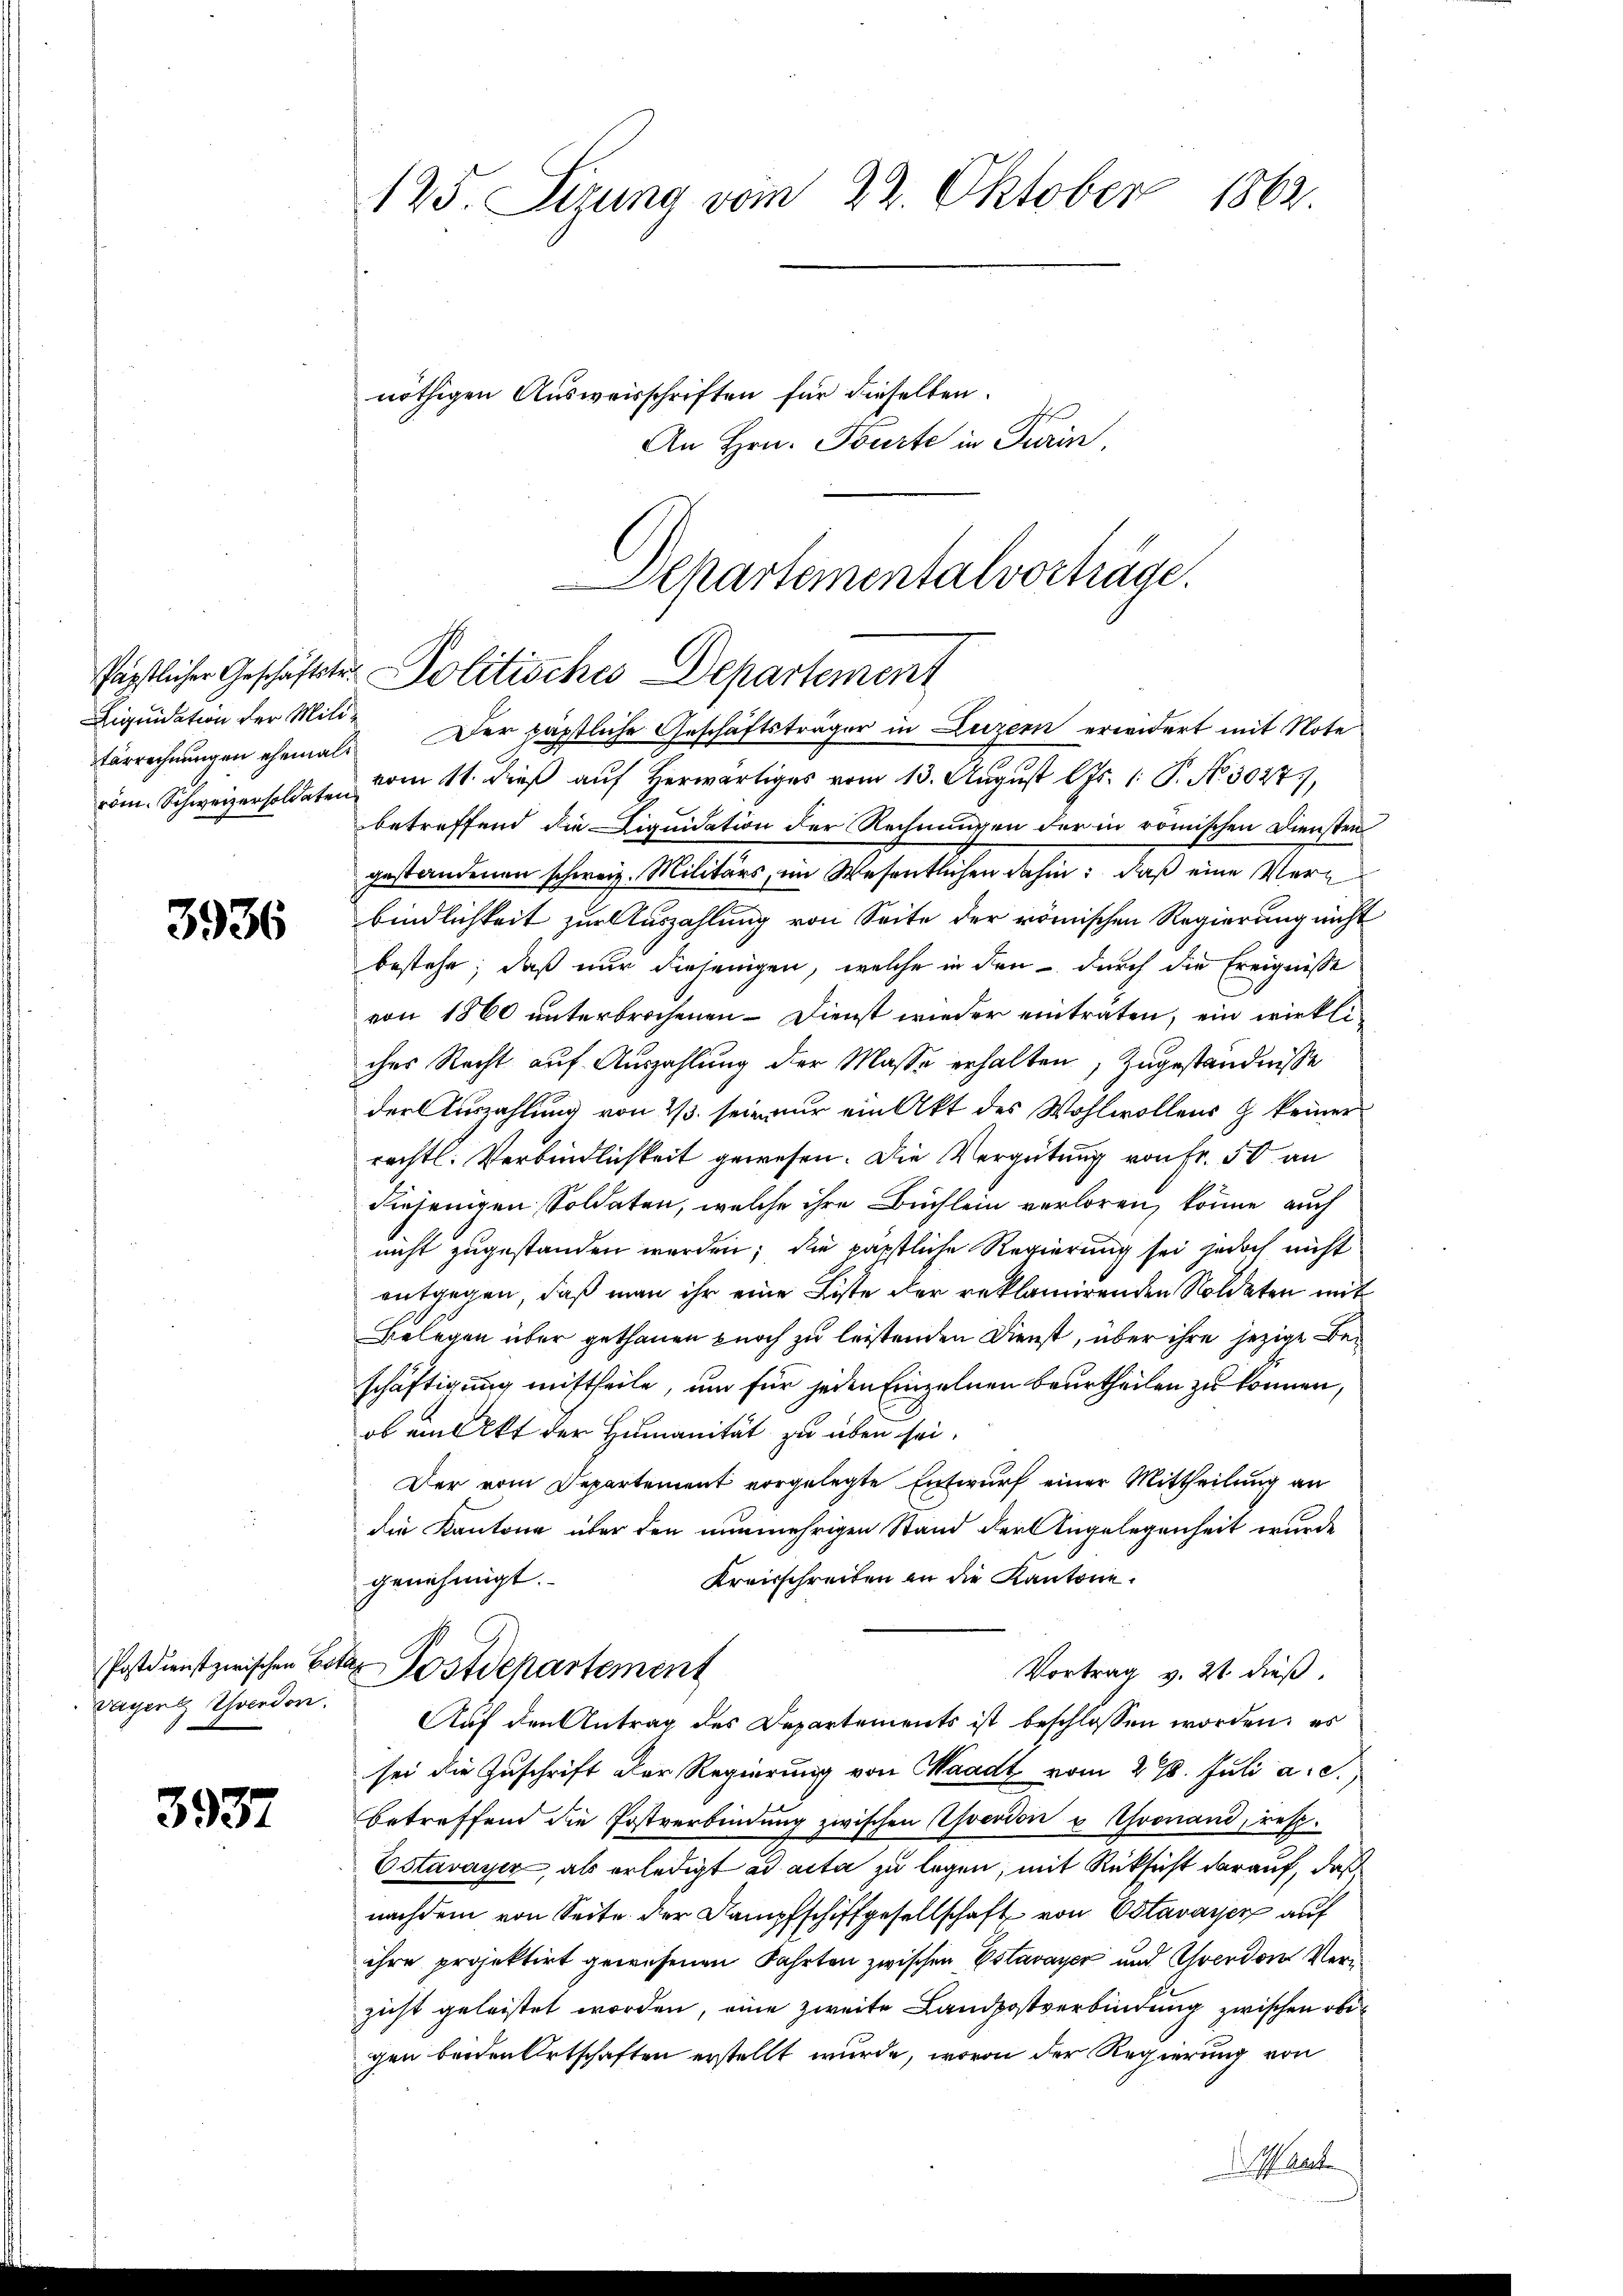
Liquidation der Mili¬

3936

Vergert verdor

3937

vom. Schweizersoldate vom 11. dieβ aŭf herr vom 13. Aŭgŭst l. Js. 1. P. No. 50475,
betreffend die Liquidation der Rechnungen der in römischen Diensten
gestandenen schweiz. Militärs, im Wesentlichen dahin: daß eine Verbindlichkeit zur Auszahlung von Seite der römischen Regierung nicht
bestehe; daß nur diejenigen, welche in den durch die Ereignisse
von 1860 unterbrochenen Dienst wieder einträten, ein wirkliches Recht auf Auszahlung der Masse erhalten, Zugeständnisse
der Auszahlung von 2/3. sein nur ein Akt des Wohlwollens & keiner
rechtl. Verbindlichkeit gewesen. Die Vergütung von Fr. 50 an
diejenigen Soldaten, welche ihre Büchlein verloren, könne auch
nicht zugestanden werden; die päpstliche Regierung sei jedoch nicht
entgegen, daß man ihr eine Liste der reklamirenden Soldaten mit
Belegen über gethanen noch zu leistenden Dienst, über ihre jezige Beschäftigung mittheile, um für jeden Einzelnen beurtheilen zu können,
ob ein Akt der Humanität zu über sei.
Der vom Departement vorgelegte Entwurf einer Mittheilung an
die Kantone über den nunmehrigen Stand der Angelegenheit wurde
Kreisschreiben an die Kantone.
genehmigt.
Postdienstzwischen Bett Postdepartement
Vortrag v. 21 dieß.
Auf den Antrag des Departements ist beschlossen worden, es
sei die Zuschrift der Regierung von Waadt vom 27. Juli a. S.
betreffend die Postverbindŭng zwischen Averdon u. Ivonand, rest-
Estavayer, als erledigt ad acta zu legen, mit Rücksicht darauf, daß
nachdem von Seite der Dampfschiffgesellschaft von Estavayer auf
ihre projektirt gewesenen Fahrten zwischen Estavayer und Yverdons Veru
zicht geleistet worden, eine zweite Landpostverbindung zwischen obigen beiden Ortschaften erstellt wurde, wovon der Regierung von
Mante

125. Sizung vom 22. Oktober 1862.
nöthigen Ausweisschriften für dieselben.
Hef
An Hrn. Tourte in Turin,

Departementalvorträge.
fäpstlicher Geschäftstr. Politisches Departement
Forrechnungen ehemals Der päpstliche Geschäftsträger in Luzern erwidert mit Note